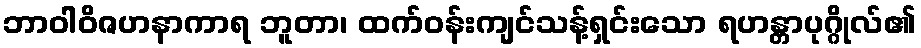
ဘာဝါဝိဇဟနာကာရ ဘူတာ၊ ထက်ဝန်းကျင်သန့်ရှင်းသော ရဟန္တာပုဂ္ဂိုလ်၏